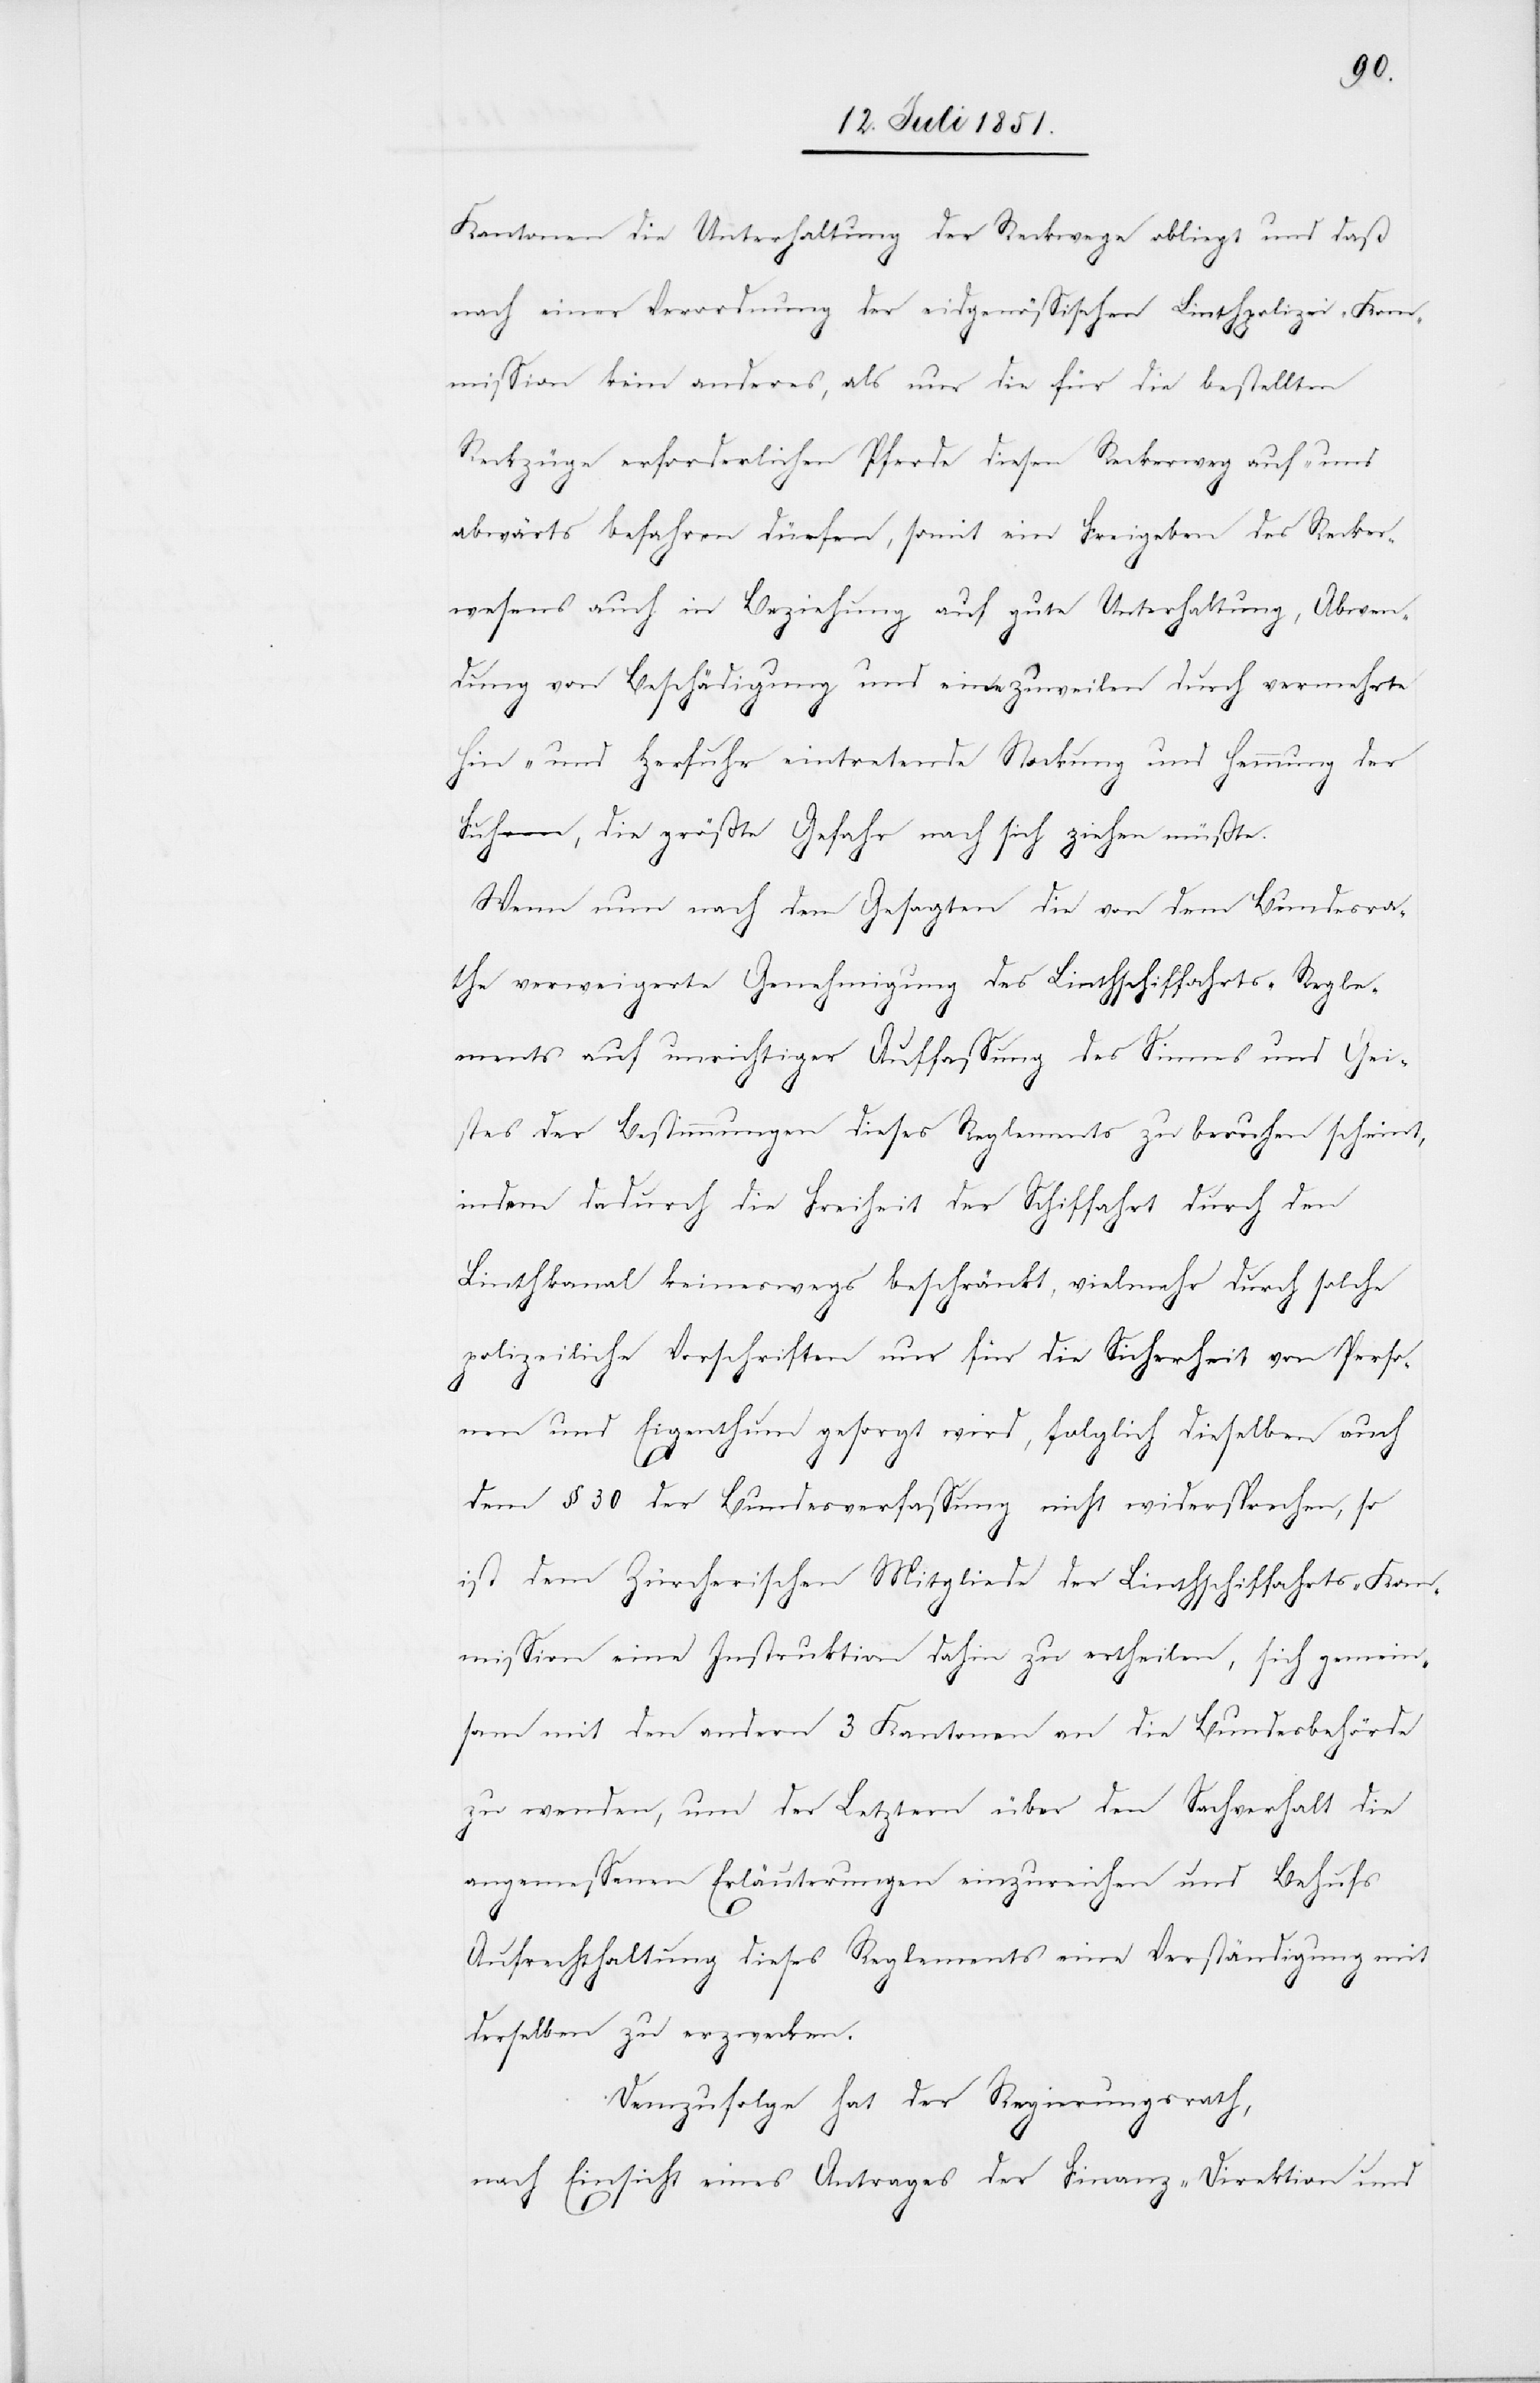
Kantonen die Unterhaltung der Reckwege obliegt und daß
nach einer Verordnung der eidgenössischen Linthpolizei-Kom¬
mission kein anderes, als nur die für die bestellten
Reckzüge erforderlichen Pferde diesen Reckerweg auf- und
abwärts befahren dürfen, somit ein Freigeben des Recker¬
wesens auch in Beziehung auf gute Unterhaltung, Abwen¬
dung von Beschädigung und eine zuweilen durch vermehrte
Hin- und Herfuhr eintretende Stockung und Hemmung der
Fuhren, die größte Gefahr nach sich ziehen müßte.
Wenn nun nach dem Gesagten die von dem Bundesra¬
the verweigerte Genehmigung des Linthschiffahrts-Regle¬
ments auf unrichtiger Auffassung des Sinnes und Gei¬
stes der Bestimmungen dieses Reglements zu beruhen scheint,
indem dadurch die Freiheit der Schiffahrt durch den
Linthkanal keineswegs beschränkt, vielmehr durch solche
polizeiliche Vorschriften nur für die Sicherheit von Perso¬
nen und Eigenthum gesorgt wird, folglich dieselben auch
dem § 30 der Bundesverfassung nicht widersprechen, so
ist dem Zürcherischen Mitgliede der Linthschiffahrts-Kom¬
mission eine Instruktion dahin zu ertheilen, sich gemein¬
sam mit den andern 3 Kantonen an die Bundesbehörde
zu wenden, um der Letztern über den Sachverhalt die
angemessenen Erläuterungen einzureichen und Behufs
Aufrechthaltung dieses Reglements eine Verständigung mit
derselben zu erzwecken.
Demzufolge hat der Regierungsrath,
nach Einsicht eines Antrages der Finanz-Direktion und